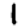
Digit: 1